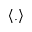
\left\langle . \right\rangle